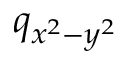
q _ { x ^ { 2 } - y ^ { 2 } }